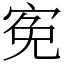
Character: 𡨚